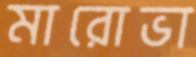
মারোভা